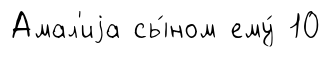
Амал'иjа сы́ном ему́ 10